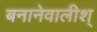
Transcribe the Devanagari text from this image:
बनानेवालीश्